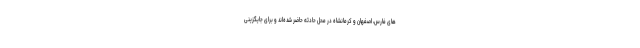
های فارس، اصفهان و کرمانشاه در محل حادثه حاضر شده‌اند و برای جایگزینی